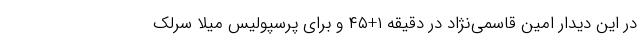
در این دیدار امین قاسمی‌نژاد در دقیقه ۱+۴۵ و برای پرسپولیس میلا سرلک